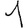
Digit: 1